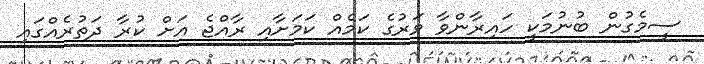
ސީމެގުން ބުނުމަކީ ހައިރާންވާ ވަރުގެ ކަމެއް ކަމަށާއި ރާއްޖެ އަށް ކުރާ ދަތުރެއްގައި